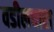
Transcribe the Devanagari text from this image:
वडीलधारा